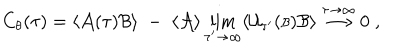
C _ { \theta } ( \tau ) = \langle { \cal A } ( \tau ) { \cal B } \rangle \; - \; \langle { \cal A } \rangle \lim _ { \tau ^ { \prime } \rightarrow \infty } \langle { \cal U } _ { \tau ^ { \prime } } ( { \scriptstyle { \cal B } } ) { \cal B } \rangle \stackrel { \tau \rightarrow \infty } { \longrightarrow } 0 \; ,